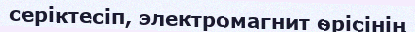
серіктесіп, электромагнит өрісінің